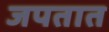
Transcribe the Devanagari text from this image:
जपतात